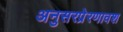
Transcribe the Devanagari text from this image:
अनुसरप्रेरणावश